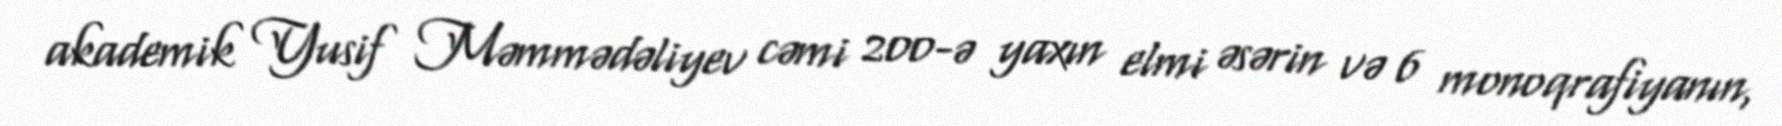
akademik Yusif Məmmədəliyev cəmi 200-ə yaxın elmi əsərin və 6 monoqrafiyanın,